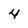
Character: 4